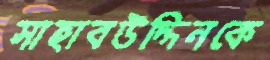
সাহাবউদ্দিনকে